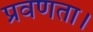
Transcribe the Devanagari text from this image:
प्रवणता।